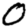
Digit: 0